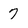
Character: 7